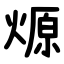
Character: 㷧